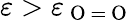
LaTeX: \varepsilon>\varepsilon_{\mathrm{~O~}=\mathrm{~O~}}